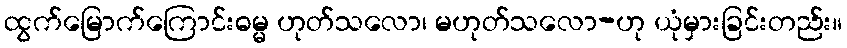
ထွက်မြောက်ကြောင်းဓမ္မ ဟုတ်သလော၊ မဟုတ်သလော-ဟု ယုံမှားခြင်းတည်း။